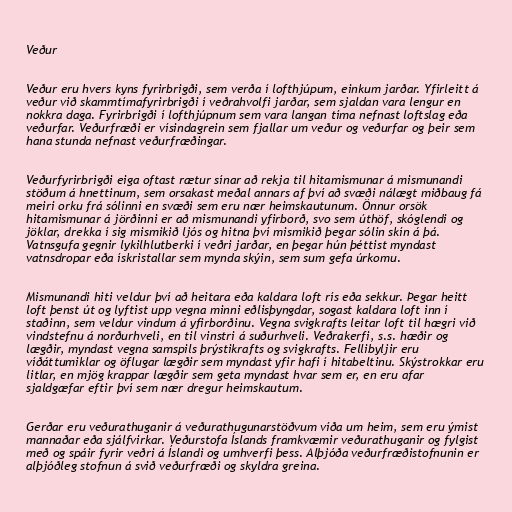
Veður

Veður eru hvers kyns fyrirbrigði, sem verða í lofthjúpum, einkum jarðar. Yfirleitt á
veður við skammtímafyrirbrigði í veðrahvolfi jarðar, sem sjaldan vara lengur en
nokkra daga. Fyrirbrigði í lofthjúpnum sem vara langan tíma nefnast loftslag eða
veðurfar. Veðurfræði er vísindagrein sem fjallar um veður og veðurfar og þeir sem
hana stunda nefnast veðurfræðingar.

Veðurfyrirbrigði eiga oftast rætur sínar að rekja til hitamismunar á mismunandi
stöðum á hnettinum, sem orsakast meðal annars af því að svæði nálægt miðbaug fá
meiri orku frá sólinni en svæði sem eru nær heimskautunum. Önnur orsök
hitamismunar á jörðinni er að mismunandi yfirborð, svo sem úthöf, skóglendi og
jöklar, drekka í sig mismikið ljós og hitna því mismikið þegar sólin skín á þá.
Vatnsgufa gegnir lykilhlutberki í veðri jarðar, en þegar hún þéttist myndast
vatnsdropar eða ískristallar sem mynda skýin, sem sum gefa úrkomu.

Mismunandi hiti veldur því að heitara eða kaldara loft rís eða sekkur. Þegar heitt
loft þenst út og lyftist upp vegna minni eðlisþyngdar, sogast kaldara loft inn í
staðinn, sem veldur vindum á yfirborðinu. Vegna svigkrafts leitar loft til hægri við
vindstefnu á norðurhveli, en til vinstri á suðurhveli. Veðrakerfi, s.s. hæðir og
lægðir, myndast vegna samspils þrýstikrafts og svigkrafts. Fellibyljir eru
víðáttumiklar og öflugar lægðir sem myndast yfir hafi í hitabeltinu. Skýstrokkar eru
litlar, en mjög krappar lægðir sem geta myndast hvar sem er, en eru afar
sjaldgæfar eftir því sem nær dregur heimskautum.

Gerðar eru veðurathuganir á veðurathugunarstöðvum víða um heim, sem eru ýmist
mannaðar eða sjálfvirkar. Veðurstofa Íslands framkvæmir veðurathuganir og fylgist
með og spáir fyrir veðri á Íslandi og umhverfi þess. Alþjóða veðurfræðistofnunin er
alþjóðleg stofnun á svið veðurfræði og skyldra greina.